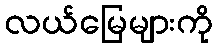
လယ်မြေများကို